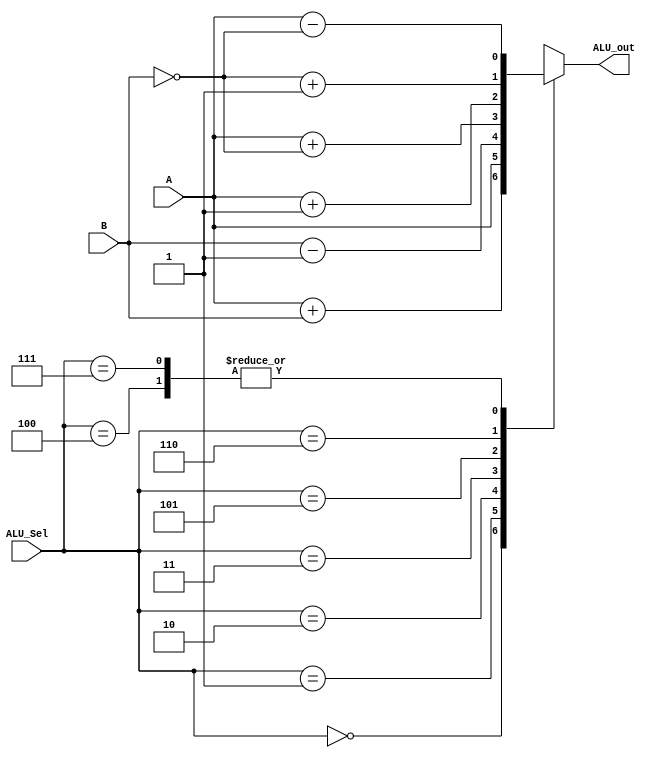
`timescale 1ns / 1ps
//////////////////////////////////////////////////////////////////////////////////
// Company: 
// Engineer: 
// 
// Design Name: 
// Module Name: ALU
// Project Name: 
// Target Devices: 
// Tool Versions: 
// Description: 
// 
// Dependencies: 
// 
// Revision:
// Revision 0.01 - File Created
// Additional Comments:
// 
//////////////////////////////////////////////////////////////////////////////////


module ALU(
    input A,B,
    input [2:0] ALU_Sel,
    output reg ALU_out
);
    
    reg ALU_Result;
    
    always@(*)
    begin
     case(ALU_Sel)
        3'b000: // Addition
           ALU_Result = A + B ; 
        3'b001: 
           ALU_Result = A ;
        3'b010: 
           ALU_Result = B - 1'b1;
        3'b011: 
           ALU_Result = A + !B;
        3'b100: 
           ALU_Result = A - !B;
        3'b101: 
           ALU_Result = A + 1'b1;
        3'b110: 
           ALU_Result = !B +1;
        3'b111: 
           ALU_Result = A - !B;
         default: ALU_Result = A + B ; 
     endcase
    
     ALU_out <= ALU_Result;
    end

endmodule